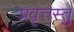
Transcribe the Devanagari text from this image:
प्रवृत्तस्तु